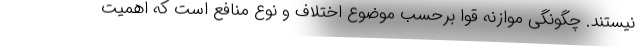
نیستند. چگونگی موازنه قوا برحسب موضوع اختلاف و نوع منافع است که اهمیت